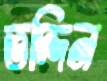
তদ্দিন